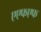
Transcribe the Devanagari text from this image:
एएफएफ